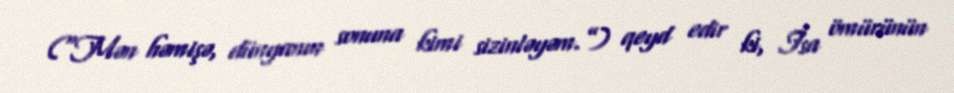
(“Mən həmişə, dünyanın sonuna kimi sizinləyəm.”) qeyd edir ki, İsa ömürünün